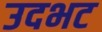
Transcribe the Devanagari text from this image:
उदभट